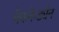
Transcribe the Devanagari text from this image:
मेकफेड्येन